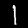
Label: 1